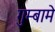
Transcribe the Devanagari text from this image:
गुम्बामे